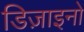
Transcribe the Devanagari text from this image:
डिज़ाइनो